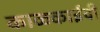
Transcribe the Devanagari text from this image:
काळकाईची